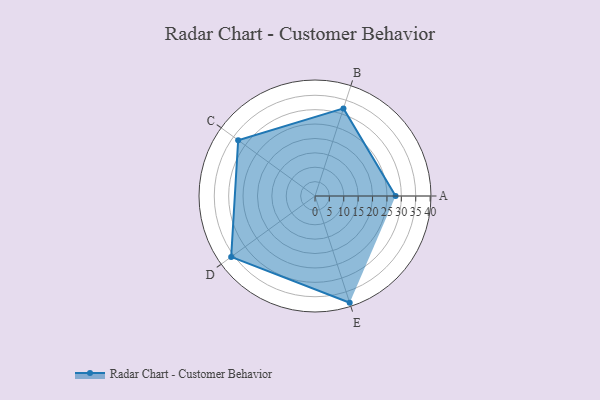
{"axis": {"x": "Skill", "y": "Score"}, "legend": ["Profile"], "data": [{"x": "A", "y": 28.0, "type": "Profile"}, {"x": "B", "y": 32.0, "type": "Profile"}, {"x": "C", "y": 33.0, "type": "Profile"}, {"x": "D", "y": 36.0, "type": "Profile"}, {"x": "E", "y": 39.0, "type": "Profile"}]}